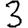
Digit: 3